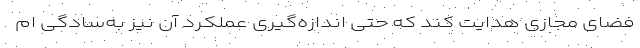
فضای مجازی هدایت کند که حتی اندازه‌گیری عملکرد آن نیز به‌سادگی ام